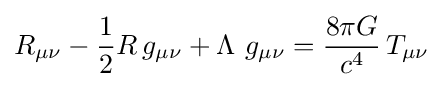
R_{\mu \nu }-{\textstyle 1 \over 2}R\,g_{\mu \nu }+\Lambda \ g_{\mu \nu }={\frac {8\pi G}{c^{4}}}\,T_{\mu \nu }